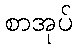
စာအုပ်